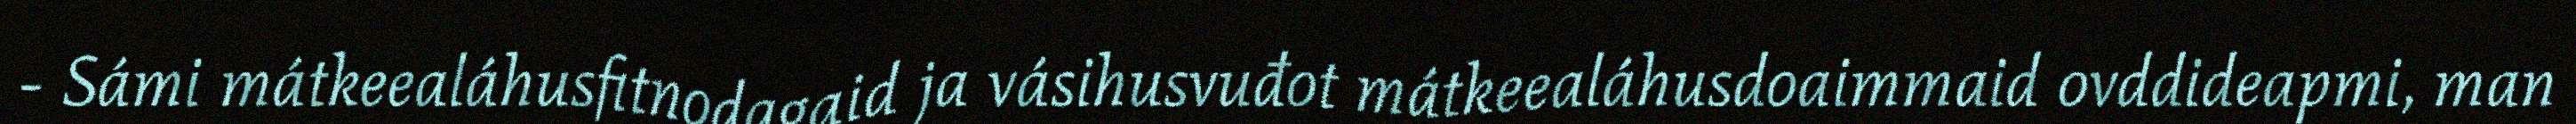
- Sámi mátkeealáhusfitnodagaid ja vásihusvuđot mátkeealáhusdoaimmaid ovddideapmi, man